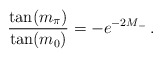
\begin{align*}\frac{\tan(m_\pi)}{\tan(m_0)}=-e^{-2M_-}\,.\end{align*}